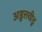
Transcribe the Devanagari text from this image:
अडुत्तवीडु